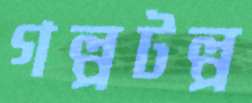
গল্পটল্প